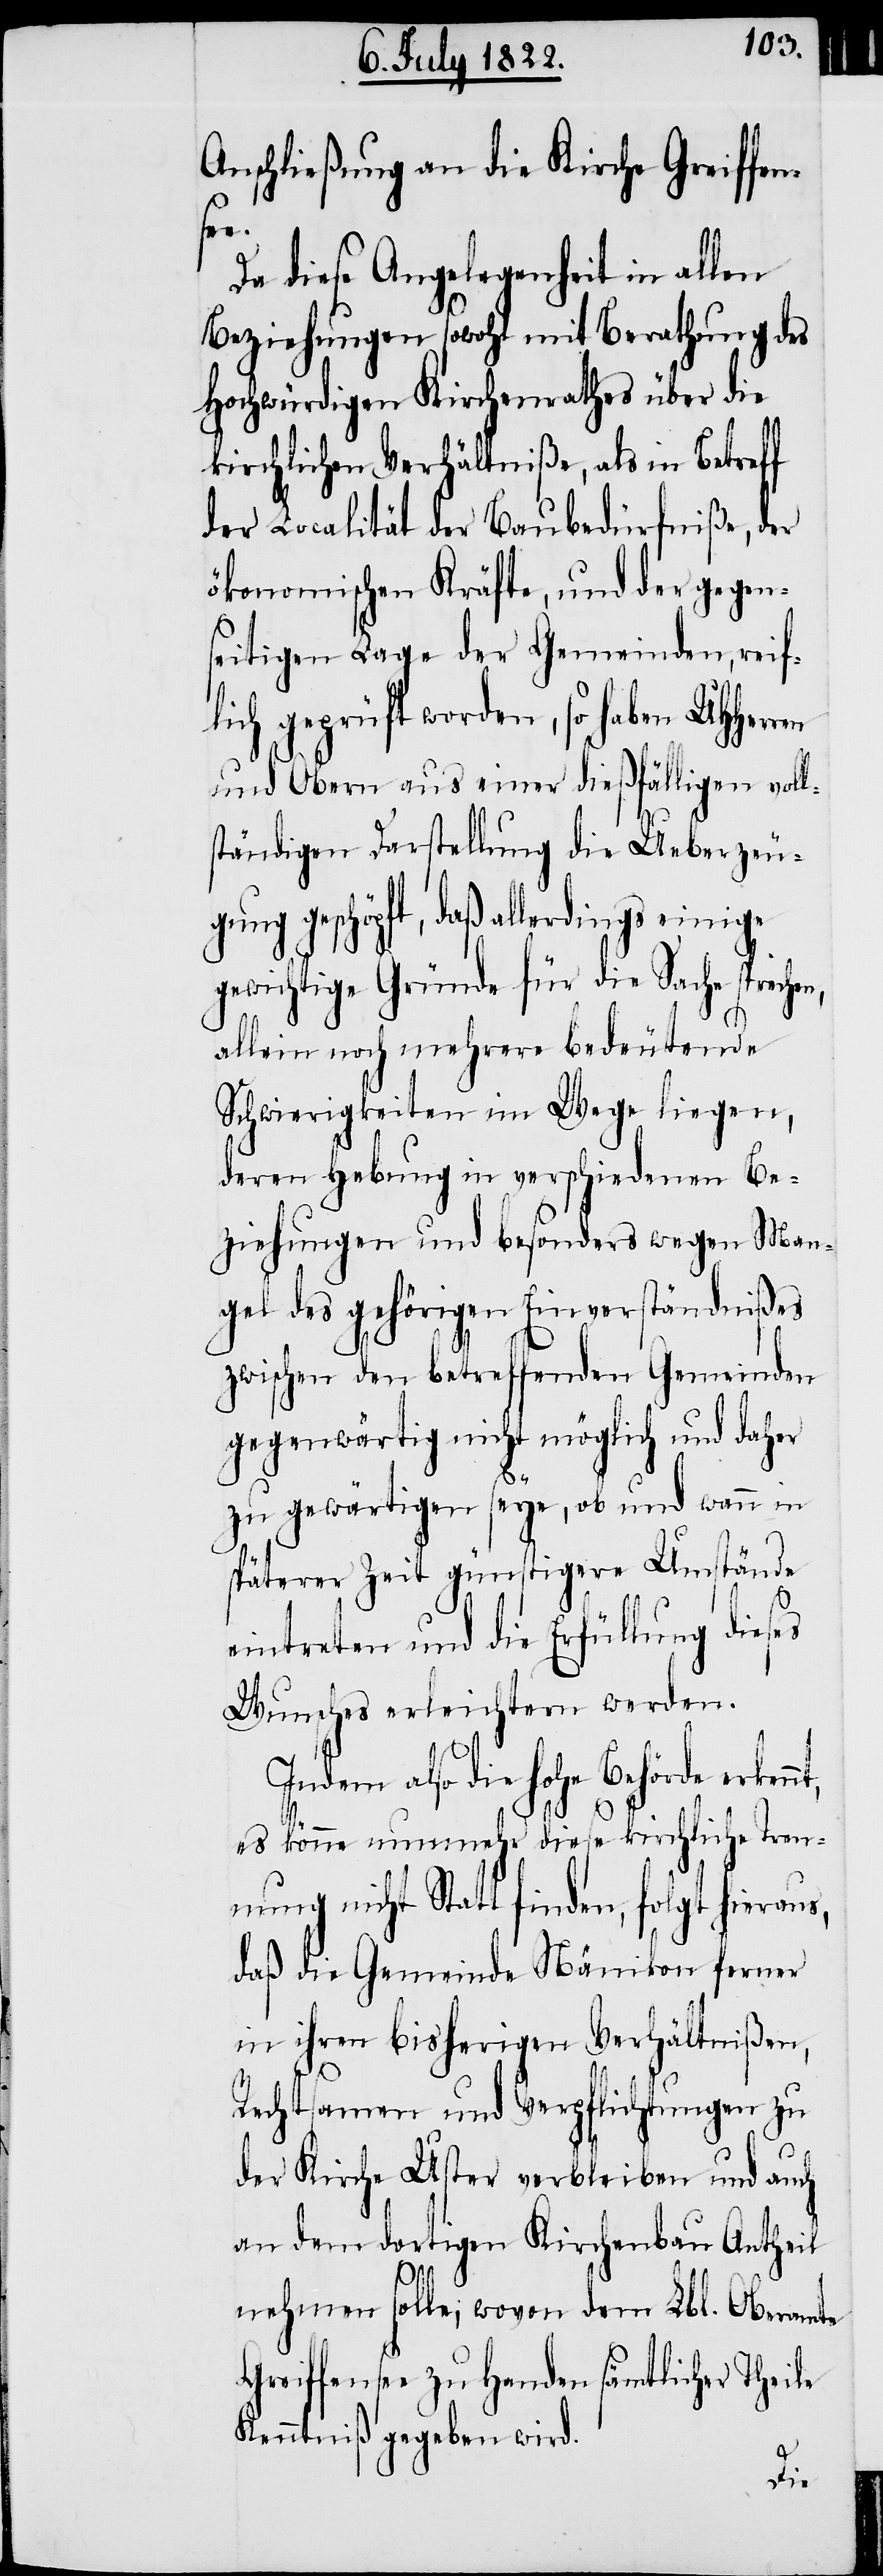
Anschließung an die Kirche Greiffen¬
s,
Da diese Angelegenheit in allen
Beziehungen sowohl mit Berathung des
Hochwürdigen Kirchenrathes über die
kirchlichen Verhältniße, als in Betreff
der Localität der Baubedürfniße, der
ökonomischen Kräfte, und der gegen¬
seitigen Lage der Gemeinden, reif¬
lich geprüft worden, so haben UHHerr¬
und Obern aus einer dießfälligen voll¬
ständigen Darstellung die Ueberzeug¬
ung geschöpft, daß allerdings einige
gewichtige Gründe für die Sache sprech¬
allein noch mehrere bedeutende
Schwierigkeiten im Wege liegen,
deren Habung in verschiedenen Be¬
ziehungen und besonders wegen Man¬
gel des gehörigen Einverständnißes
zwischen den betreffenden Gemeinden
gegenwärtig nicht möglich und daher
zu gewärtigen seye, ob und wann in
späterer Zeit günstigere Umstände
eintreten und die Erfüllung dieses
Wunsches erleichtern werden.
Indem also die Hohe Behörde erken¬
es könne nunmehr diese kirchliche Tren¬
nung nicht Statt finden, folgt hierau¬
daß die Gemeinde Nänikon ferner
in ihren bisherigen Verhältnißen,
Rechtsamen und Verpflichtungen zu
der Kirche Uster verbleiben und auch
an dem dortigen Kirchenbau Antheil
nehmen solle; wovon dem Lbl. Oberamte
Greiffensee zu Handen sämtlicher Theile
Kenntniß gegeben wird.